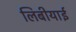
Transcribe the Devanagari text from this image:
लिबीयाई